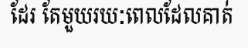
ដែរ តែមួយរយៈពេលដែលគាត់